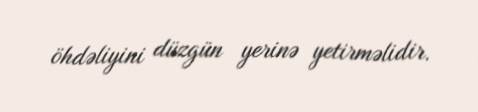
öhdəliyini düzgün yerinə yetirməlidir.